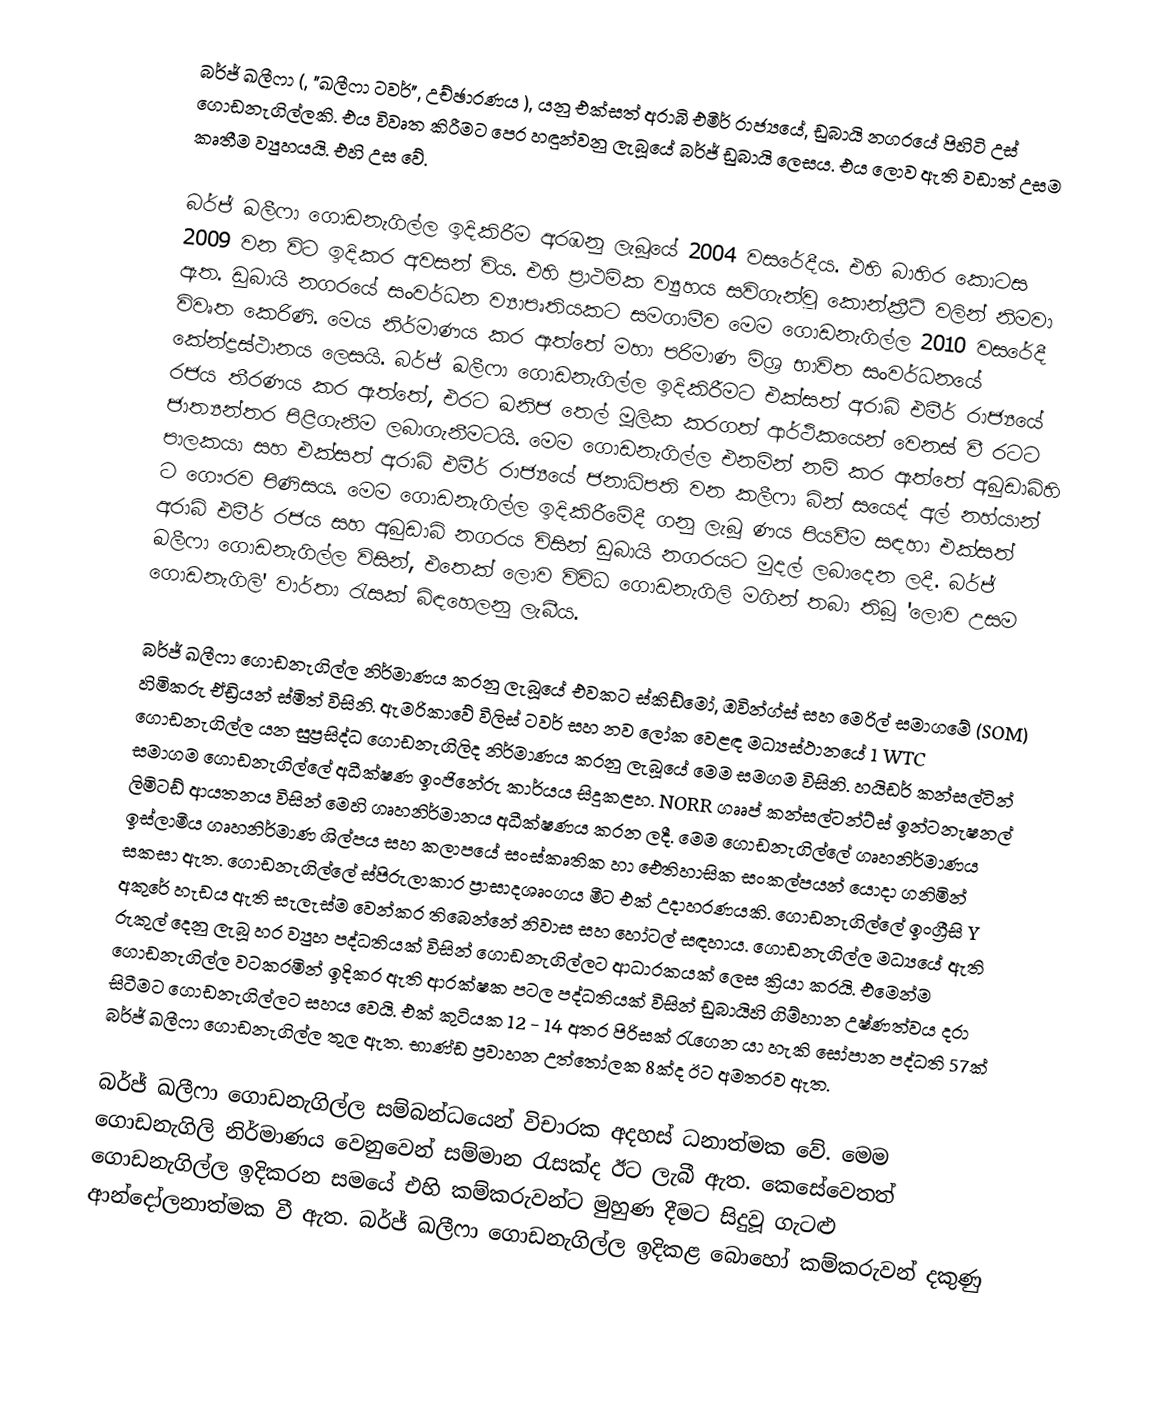
බර්ජ් ඛලීෆා (, "ඛලීෆා ටවර්", උච්ඡාරණය  ), යනු එක්සත් අරාබි එමීර් රාජ්‍යයේ, ඩුබායි නගරයේ පිහිටි උස් ගොඩනැගිල්ලකි. එය විවෘත කිරීමට පෙර හඳුන්වනු ලැබූයේ බර්ජ් ඩුබායි ලෙසය. එය ලොව ඇති වඩාත් උසම කෘතීම ව්‍යුහයයි. එහි උස  වේ.

බර්ජ් ඛලීෆා ගොඩනැගිල්ල ඉදිකිරීම අරඹනු ලැබූයේ 2004 වසරේදීය. එහි බාහිර කොටස 2009 වන විට ඉදිකර අවසන් විය. එහි ප්‍රාථමික ව්‍යුහය සවිගැන්වූ කොන්ක්‍රීට් වලින් නිමවා ඇත. ඩුබායි නගරයේ සංවර්ධන ව්‍යාපෘතියකට සමගාමීව මෙම ගොඩනැගිල්ල 2010 වසරේදී විවෘත කෙරිණි. මෙය නිර්මාණය කර ඇත්තේ මහා පරිමාණ මිශ්‍ර භාවිත සංවර්ධනයේ කේන්ද්‍රස්ථානය ලෙසයි. බර්ජ් ඛලීෆා ගොඩනැගිල්ල ඉදිකිරීමට එක්සත් අරාබි එමීර් රාජ්‍යයේ රජය තීරණය කර ඇත්තේ, එරට ඛනිජ තෙල් මූලික කරගත් ආර්ථිකයෙන් වෙනස් වී රටට ජාත්‍යන්තර පිළිගැනීම ලබාගැනීමටයි. මෙම ගොඩනැගිල්ල එනමින් නම් කර ඇත්තේ අබුඩාබිහි පාලකයා සහ එක්සත් අරාබි එමීර් රාජ්‍යයේ ජනාධිපති වන කලීෆා බින් සයෙද් අල් නහ්යාන් ට ගෞරව පිණිසය. මෙම ගොඩනැගිල්ල ඉදිකිරීමේදී ගනු ලැබූ ණය පියවීම සඳහා එක්සත් අරාබි එමීර් රජය සහ අබුඩාබි නගරය විසින් ඩුබායි නගරයට මුදල් ලබාදෙන ලදී. බර්ජ් ඛලීෆා ගොඩනැගිල්ල විසින්, එතෙක් ලොව විවිධ ගොඩනැගිලි මගින් තබා තිබූ 'ලොව උසම ගොඩනැගිලි' වාර්තා රැසක් බිඳහෙලනු ලැබීය.

බර්ජ් ඛලීෆා ගොඩනැගිල්ල නිර්මාණය කරනු ලැබූයේ එවකට ස්කිඩ්මෝ, ඔවින්ග්ස් සහ මෙරිල් සමාගමේ (SOM) හිමිකරු ඒඩ්‍රියන් ස්මිත් විසිනි. ඇමරිකාවේ විලිස් ටවර් සහ නව ලෝක වෙළඳ මධ්‍යස්ථානයේ 1 WTC ගොඩනැගිල්ල යන සුප්‍රසිද්ධ ගොඩනැගිලිද නිර්මාණය කරනු ලැබූයේ මෙම සමගම විසිනි. හයිඩර් කන්සල්ටින් සමාගම ගොඩනැගිල්ලේ අධීක්ෂණ ඉංජිනේරු කාර්යය සිදුකළහ. NORR ගෘෘප් කන්සල්ටන්ට්ස් ඉන්ටනැෂනල් ලිමිටඩ් ආයතනය විසින් මෙහි ගෘහනිර්මානය අධීක්ෂණය කරන ලදී. මෙම ගොඩනැගිල්ලේ ගෘහනිර්මාණය ඉස්ලාමීය ගෘහනිර්මාණ ශිල්පය සහ කලාපයේ සංස්කෘතික හා ඓතිහාසික සංකල්පයන් යොදා ගනිමින් සකසා ඇත. ගොඩනැගිල්ලේ ස්පිරුලාකාර ප්‍රාසාදශෘංගය මීට එක් උදාහරණයකි. ගොඩනැගිල්ලේ ඉංග්‍රීසි Y අකුරේ හැඩය ඇති සැලැස්ම වෙන්කර තිබෙන්නේ නිවාස සහ හෝටල් සඳහාය. ගොඩනැගිල්ල මධ්‍යයේ ඇති රුකුල් දෙනු ලැබූ හර ව්‍යුහ පද්ධතියක් විසින් ගොඩනැගිල්ලට ආධාරකයක් ලෙස ක්‍රියා කරයි. එමෙන්ම ගොඩනැගිල්ල වටකරමින් ඉදිකර ඇති ආරක්ෂක පටල පද්ධතියක් විසින් ඩුබායිහි ගිම්හාන උෂ්ණත්වය දරා සිටීමට ගොඩනැගිල්ලට සහය වෙයි. එක් කුටියක 12 - 14 අතර පිරිසක් රැගෙන යා හැකි සෝපාන පද්ධති 57ක් බර්ජ් ඛලීෆා ගොඩනැගිල්ල තුල ඇත. භාණ්ඩ ප්‍රවාහන උත්තෝලක 8ක්ද ඊට අමතරව ඇත.

බර්ජ් ඛලීෆා ගොඩනැගිල්ල සම්බන්ධයෙන් විචාරක අදහස් ධනාත්මක වේ. මෙම ගොඩනැගිලි නිර්මාණය වෙනුවෙන් සම්මාන රැසක්ද ඊට ලැබී ඇත. කෙසේවෙතත් ගොඩනැගිල්ල ඉදිකරන සමයේ එහි කම්කරුවන්ට මුහුණ දීමට සිදුවූ ගැටළු ආන්දෝලනාත්මක වී ඇත. බර්ජ් ඛලීෆා ගොඩනැගිල්ල ඉදිකළ බොහෝ කම්කරුවන් දකුණු